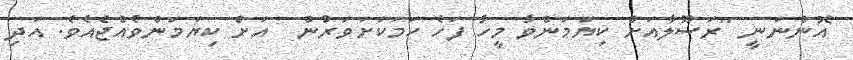
އޮންނަނީ "ރަސޫލާއަށް ކިޔަމަންވާ މީހާ ފަހެ ހަމަކަށަވަރުން  އަށް ކިޔަމަންވެއްޖެއެެވެ. އަދި